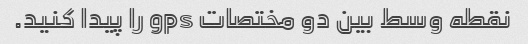
نقطه وسط بین دو مختصات gps را پیدا کنید.